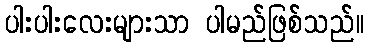
ပါးပါးလေးများသာ ပါမည်ဖြစ်သည်။